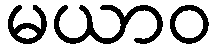
မယာဝ